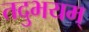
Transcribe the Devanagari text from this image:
तदुभयम्